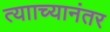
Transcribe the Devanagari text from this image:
त्यााच्यानंतर